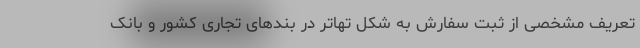
تعریف مشخصی از ثبت سفارش به شکل تهاتر در بندهای تجاری کشور و بانک